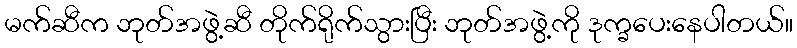
မက်ဆီက ဘုတ်အဖွဲ့ဆီ တိုက်ရိုက်သွားပြီး ဘုတ်အဖွဲ့ကို ဒုက္ခပေးနေပါတယ်။